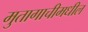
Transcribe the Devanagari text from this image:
मुतागाचीमधील